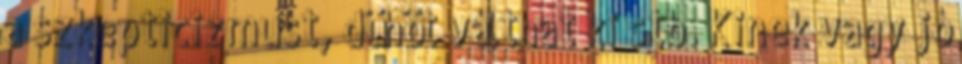
a szkepticizmust, dühöt válthat ki stb. Kinek vagy jó